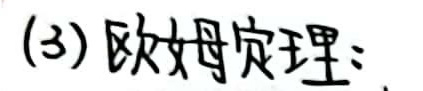
(3) 欧姆定理：